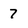
Character: 7